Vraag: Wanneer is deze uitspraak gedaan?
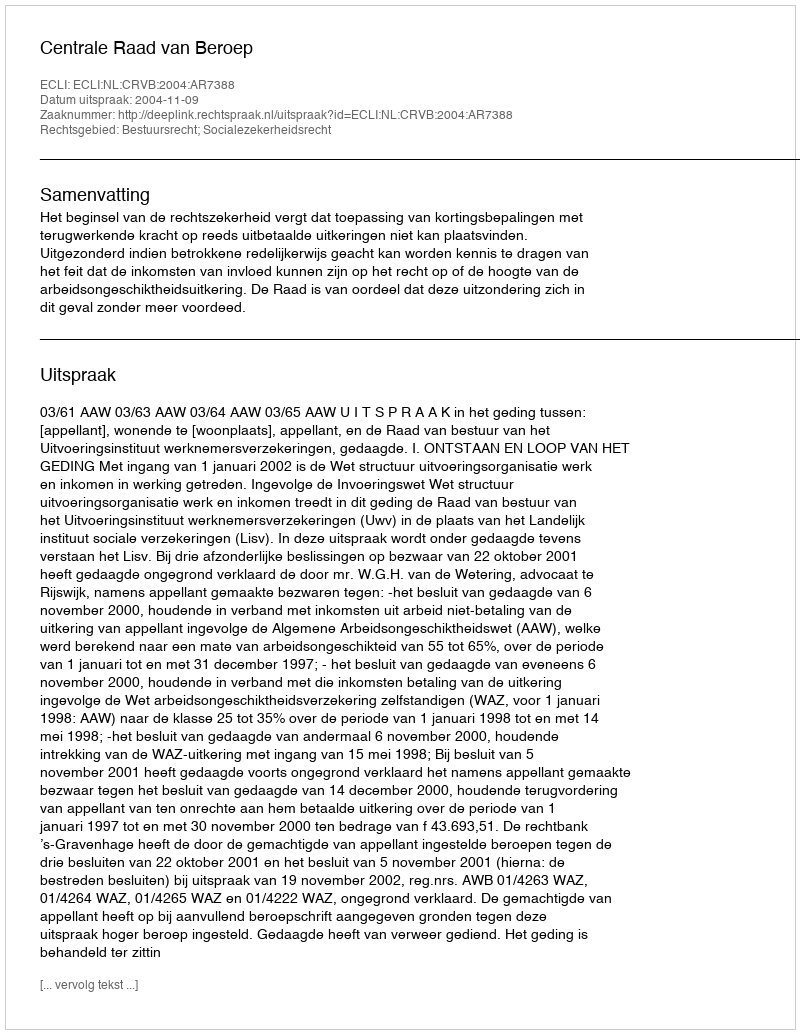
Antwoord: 2004-11-09